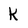
Character: k